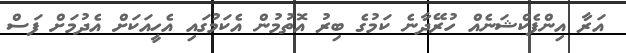
އަރާ އިންފެކްޝަނެއް ހުރޭދާނެ ކަމުގެ ބިރު އޮތުމުން އެކަމުގައި އެހީއަކަށް އެދުމަށް ފަސް